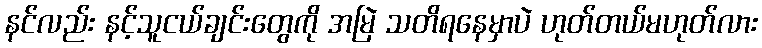
နင်လည်း နင့်သူငယ်ချင်းတွေကို အမြဲ သတိရနေမှာပဲ ဟုတ်တယ်မဟုတ်လား